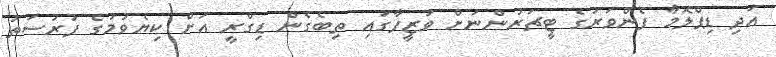
އަދި ޑިޕްލޮމާ ފެންވަރުގެ ޓީޗަރުންނަށް ވަޒީފާގައި ތިބެގެން ޑިގްރީ އަށް ކިޔެވުމުގެ ފުރުސަތު